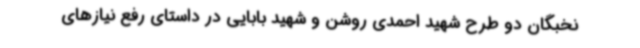
نخبگان دو طرح شهید احمدی روشن و شهید بابایی در داستای رفع نیازهای